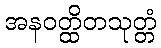
အနဝတ္ထိတသုတ္တံ